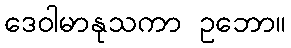
ဒေဝါမာနုသကာ ဥဘော။